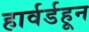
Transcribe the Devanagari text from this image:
हार्वर्डहून